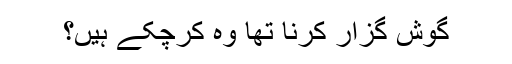
گوش گزار کرنا تھا وہ کرچکے ہیں؟